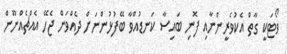
ވޯޓަކީ ގާތް އެކުވެރީންނާއި ފޮނި ބައިސާ ކަނޑުއްވާ ބޭފުޅުންނަށް ދެއްވަން ޖެހޭ އެއްޗެއްނޫން